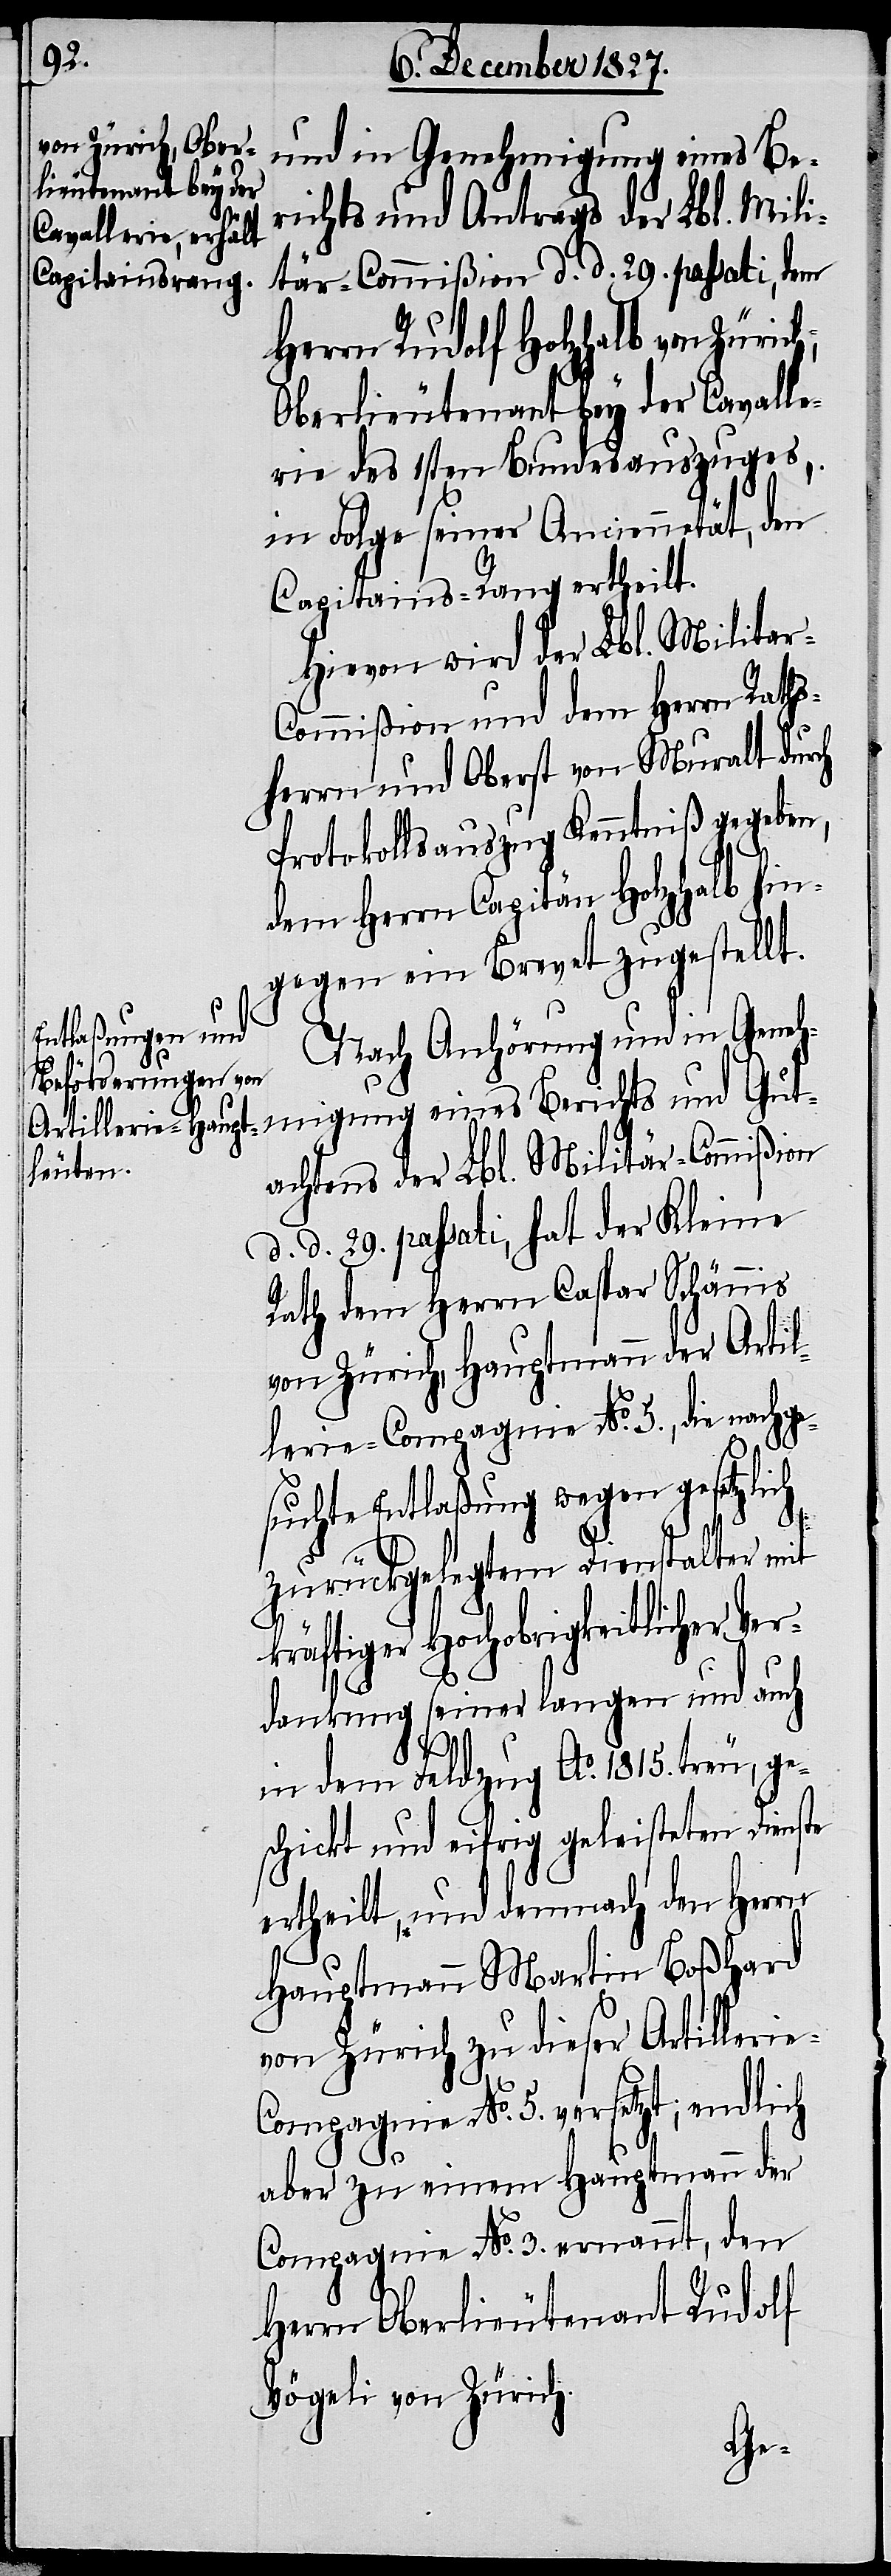
und in Genehmigung eines Be¬
richts und Antrags der Lbl. Mili¬
tär-Commißion d. d. 29. passati, dem
Herrn Rudolf Holzhalb von Züri¬
Oberlieutenant bey der Cavalle¬
rie des 1sten Bundesauszuges,
in Folge seiner Anciennetät, den
Capitains-Rang ertheilt.
Hievon wird der Lbl. Milita¬
ommißion und dem Herrn Raths¬
herr und Oberst von Muralt durch
Protokollsauszug Kenntniß gegeben,
dem Herrn Capitän Holzhalb hin¬
gegen ein Brevet zugestellt.
Nach Anhörung und in Geneh¬
migung eines Berichts und Gut¬
achtens der Lbl. Militär-Commißion
d. d. 29. passati, hat der Kleine
Rath dem Herrn Caspar Schännis
von Zürich, Hauptmann der Artil¬
lerie-Compagnie No. 5., die nachge¬
suchte Entlaßung wegen gesetzlich
zurückgelegtem Dienstalter mit
räftiger Hochobrigkeitlicher Ve¬
rdankung seiner langen und auch
k¬
in dem Feldzug Ao. 1815. treu, ge¬
schickt und eifrig geleisteten Dienste
ertheilt, und demnach den Herrn
Hauptmann Martin Boßhard
von Zürich zu dieser Artilleri¬
e-Compagnie No. 5. versetzt, endlich
aber zu einem Hauptmann der
Compagnie N o. 3. ernannt, den
Herrn Oberlieutenant Rudolf
Vögeli von Zürich.